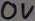
Text: 0V